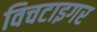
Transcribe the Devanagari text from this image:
विचटाइगर